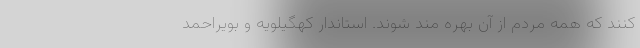
کنند که همه مردم از آن بهره مند شوند. استاندار کهگیلویه و بویراحمد